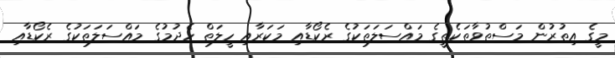
މީގެ އިތުރުން މަސްތުވާތަކެތީގެ މައްސަލަތަކުގެ ރެކޯޑާއި މަކަރާއި ހީލަތް ހެދުމުގެ މައްސަލަތަކުގެ ރެކޯޑާއި